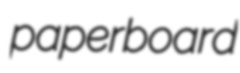
paperboard